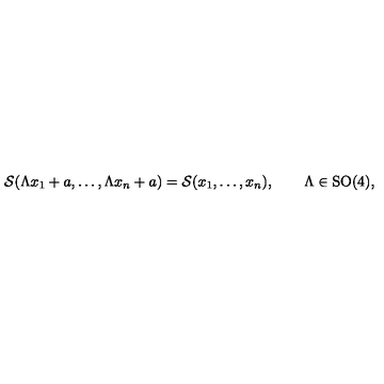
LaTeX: { \cal S } ( \Lambda x _ { 1 } + a , \dots , \Lambda x _ { n } + a ) = { \cal S } ( x _ { 1 } , \dots , x _ { n } ) , \qquad \Lambda \in \mathrm { S O } ( 4 ) ,